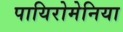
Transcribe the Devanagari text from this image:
पायिरोमेनिया